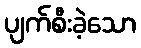
ပျက်စီးခဲ့သော